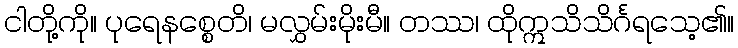
ငါတို့ကို။ ပုရေနစ္စေတိ၊ မလွှမ်းမိုးမီ။ တဿ၊ ထိုဣသိသိင်္ဂရသေ့၏။